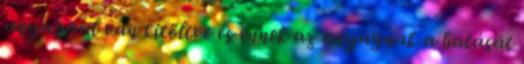
anyaggal van kitöltve és ennek az anyagnak a hatását